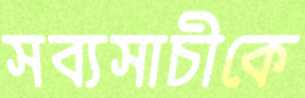
সব্যসাচীকে